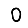
Digit: 0